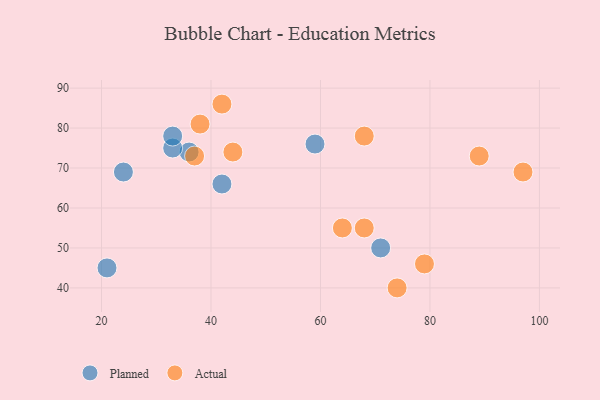
{"axis": {"x": "GDP", "y": "Life Expectancy"}, "legend": ["Actual", "Planned"], "data": [{"x": "36", "y": 74, "type": "Planned"}, {"x": "71", "y": 50, "type": "Planned"}, {"x": "33", "y": 75, "type": "Planned"}, {"x": "24", "y": 69, "type": "Planned"}, {"x": "21", "y": 45, "type": "Planned"}, {"x": "33", "y": 78, "type": "Planned"}, {"x": "42", "y": 66, "type": "Planned"}, {"x": "59", "y": 76, "type": "Planned"}, {"x": "79", "y": 46, "type": "Actual"}, {"x": "42", "y": 86, "type": "Actual"}, {"x": "44", "y": 74, "type": "Actual"}, {"x": "97", "y": 69, "type": "Actual"}, {"x": "38", "y": 81, "type": "Actual"}, {"x": "89", "y": 73, "type": "Actual"}, {"x": "74", "y": 40, "type": "Actual"}, {"x": "37", "y": 73, "type": "Actual"}, {"x": "68", "y": 78, "type": "Actual"}, {"x": "68", "y": 55, "type": "Actual"}, {"x": "64", "y": 55, "type": "Actual"}]}